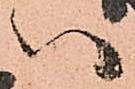
い